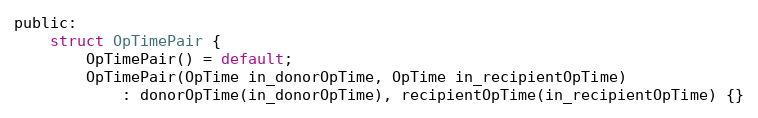
Language: C
public:
    struct OpTimePair {
        OpTimePair() = default;
        OpTimePair(OpTime in_donorOpTime, OpTime in_recipientOpTime)
            : donorOpTime(in_donorOpTime), recipientOpTime(in_recipientOpTime) {}